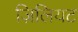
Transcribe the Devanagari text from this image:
ज़िलियट